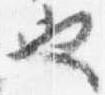
也